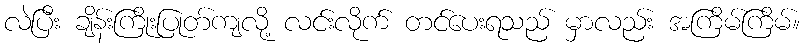
လဲပြီး ချိန်းကြိုးပြုတ်ကျလို့ လင်းလိုက် တင်ပေးရသည် မှာလည်း အကြိမ်ကြိမ်။